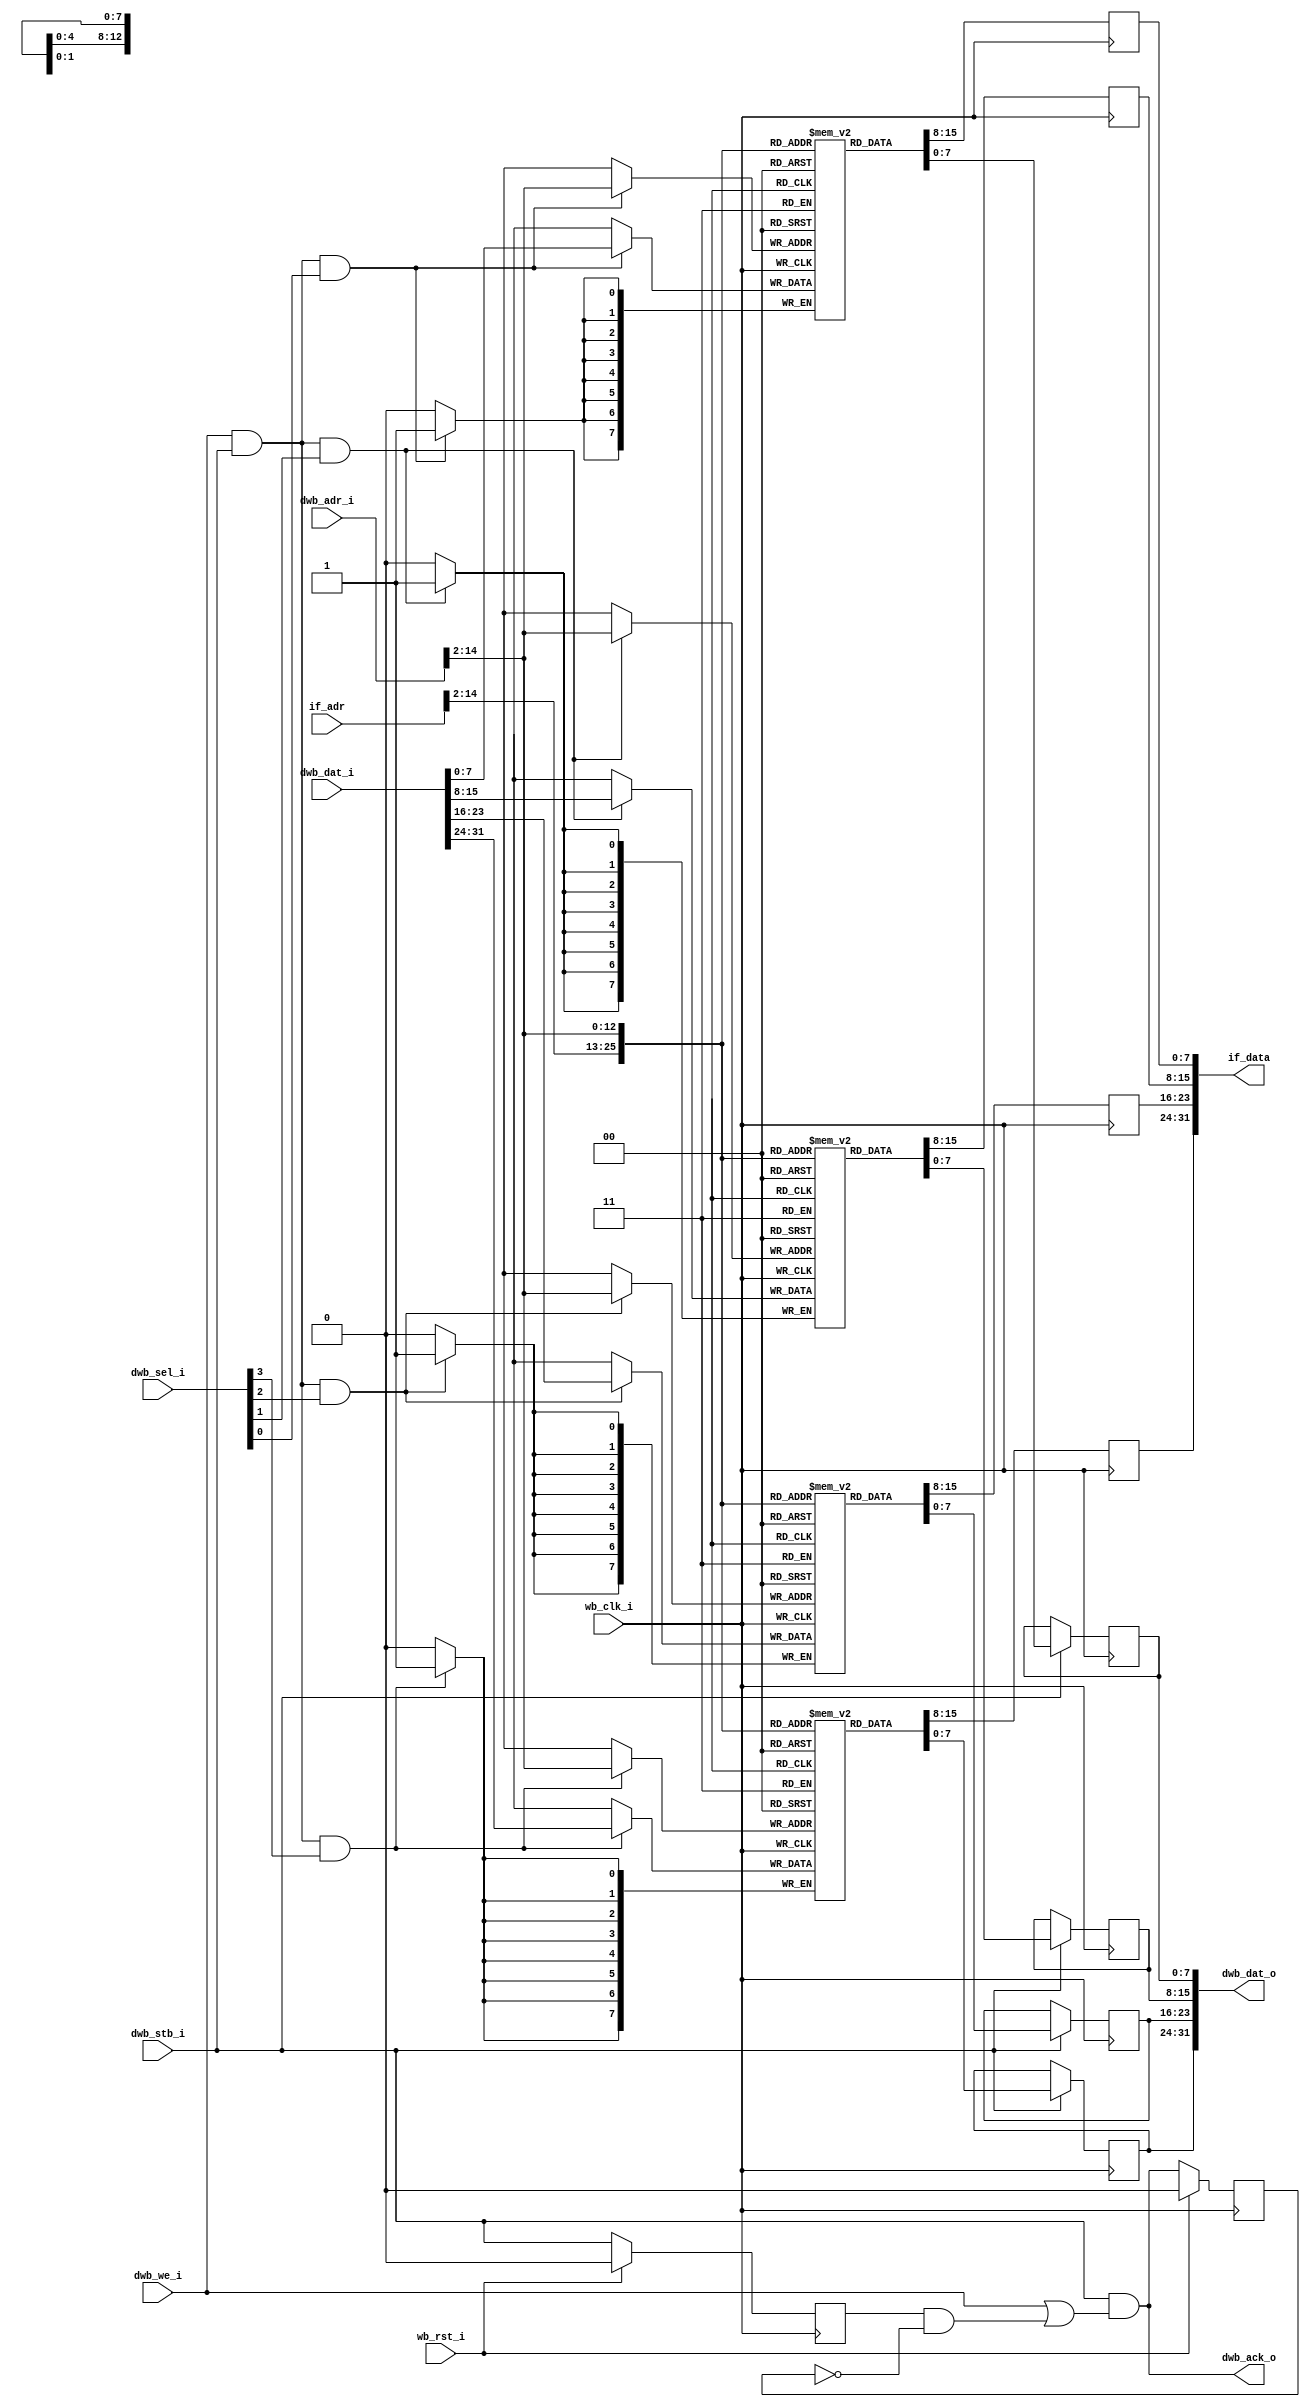
module ram_harvard2
  #(parameter AWIDTH=15,
    parameter RAM_SIZE=32768)
   (input wb_clk_i, 
    input wb_rst_i,
    // Instruction fetch port.
    input [AWIDTH-1:0] if_adr,
    output reg [31:0] if_data,
    // Data access port.
    input [AWIDTH-1:0] dwb_adr_i,
    input [31:0] dwb_dat_i, 
    output reg [31:0] dwb_dat_o,
    input dwb_we_i,
    output dwb_ack_o,
    input dwb_stb_i,
    input [3:0] dwb_sel_i);
   
   reg 	  ack_d1;
   reg 	  stb_d1;
   
   assign dwb_ack_o = dwb_stb_i & (dwb_we_i | (stb_d1 & ~ack_d1));

   always @(posedge wb_clk_i) 
     if(wb_rst_i)
       ack_d1 <= 1'b0;
     else 
       ack_d1 <= dwb_ack_o;

   always @(posedge wb_clk_i)
     if(wb_rst_i)
       stb_d1 <= 0;
     else
       stb_d1 <= dwb_stb_i;

   reg [7:0] ram0 [0:(RAM_SIZE/4)-1];
   reg [7:0] ram1 [0:(RAM_SIZE/4)-1];
   reg [7:0] ram2 [0:(RAM_SIZE/4)-1];
   reg [7:0] ram3 [0:(RAM_SIZE/4)-1];
   
   // Port 1, Read only
   always @(posedge wb_clk_i)
     if_data[31:24] <= ram3[if_adr[AWIDTH-1:2]];
   always @(posedge wb_clk_i)
     if_data[23:16] <= ram2[if_adr[AWIDTH-1:2]];
   always @(posedge wb_clk_i)
     if_data[15:8] <= ram1[if_adr[AWIDTH-1:2]];
   always @(posedge wb_clk_i)
     if_data[7:0] <= ram0[if_adr[AWIDTH-1:2]];

   // Port 2, R/W
   always @(posedge wb_clk_i)
     if(dwb_stb_i) dwb_dat_o[31:24] <= ram3[dwb_adr_i[AWIDTH-1:2]];
   always @(posedge wb_clk_i)
     if(dwb_stb_i) dwb_dat_o[23:16] <= ram2[dwb_adr_i[AWIDTH-1:2]];
   always @(posedge wb_clk_i)
     if(dwb_stb_i) dwb_dat_o[15:8] <= ram1[dwb_adr_i[AWIDTH-1:2]];
   always @(posedge wb_clk_i)
     if(dwb_stb_i) dwb_dat_o[7:0] <= ram0[dwb_adr_i[AWIDTH-1:2]];
   
   always @(posedge wb_clk_i)
     if(dwb_we_i & dwb_stb_i & dwb_sel_i[3])
       ram3[dwb_adr_i[AWIDTH-1:2]] <= dwb_dat_i[31:24];
   always @(posedge wb_clk_i)
     if(dwb_we_i & dwb_stb_i & dwb_sel_i[2])
       ram2[dwb_adr_i[AWIDTH-1:2]] <= dwb_dat_i[23:16];
   always @(posedge wb_clk_i)
     if(dwb_we_i & dwb_stb_i & dwb_sel_i[1])
       ram1[dwb_adr_i[AWIDTH-1:2]] <= dwb_dat_i[15:8];
   always @(posedge wb_clk_i)
     if(dwb_we_i & dwb_stb_i & dwb_sel_i[0])
       ram0[dwb_adr_i[AWIDTH-1:2]] <= dwb_dat_i[7:0];
   
endmodule